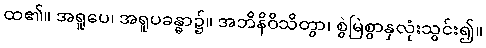
ထ၏။ အရူပေ၊ အရူပခန္ဓာ၌။ အဘိနိဝိသိတွာ၊ စွဲမြဲစွာနှလုံးသွင်း၍။